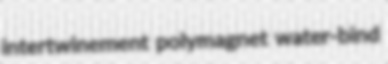
intertwinement polymagnet water-bind